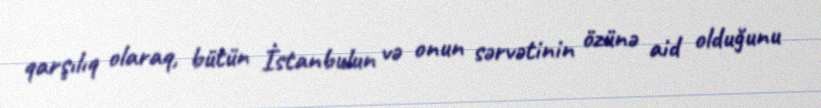
qarşılıq olaraq, bütün İstanbulun və onun sərvətinin özünə aid olduğunu